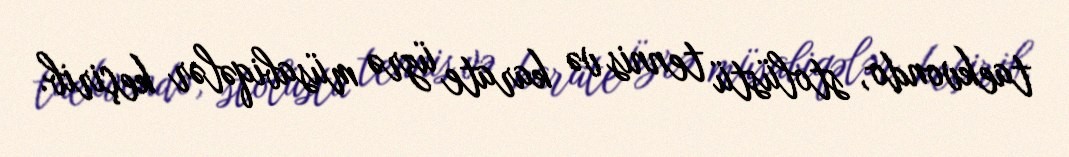
taekvondo, stolüstü tennis və karate üzrə müsabiqələr keçirib.